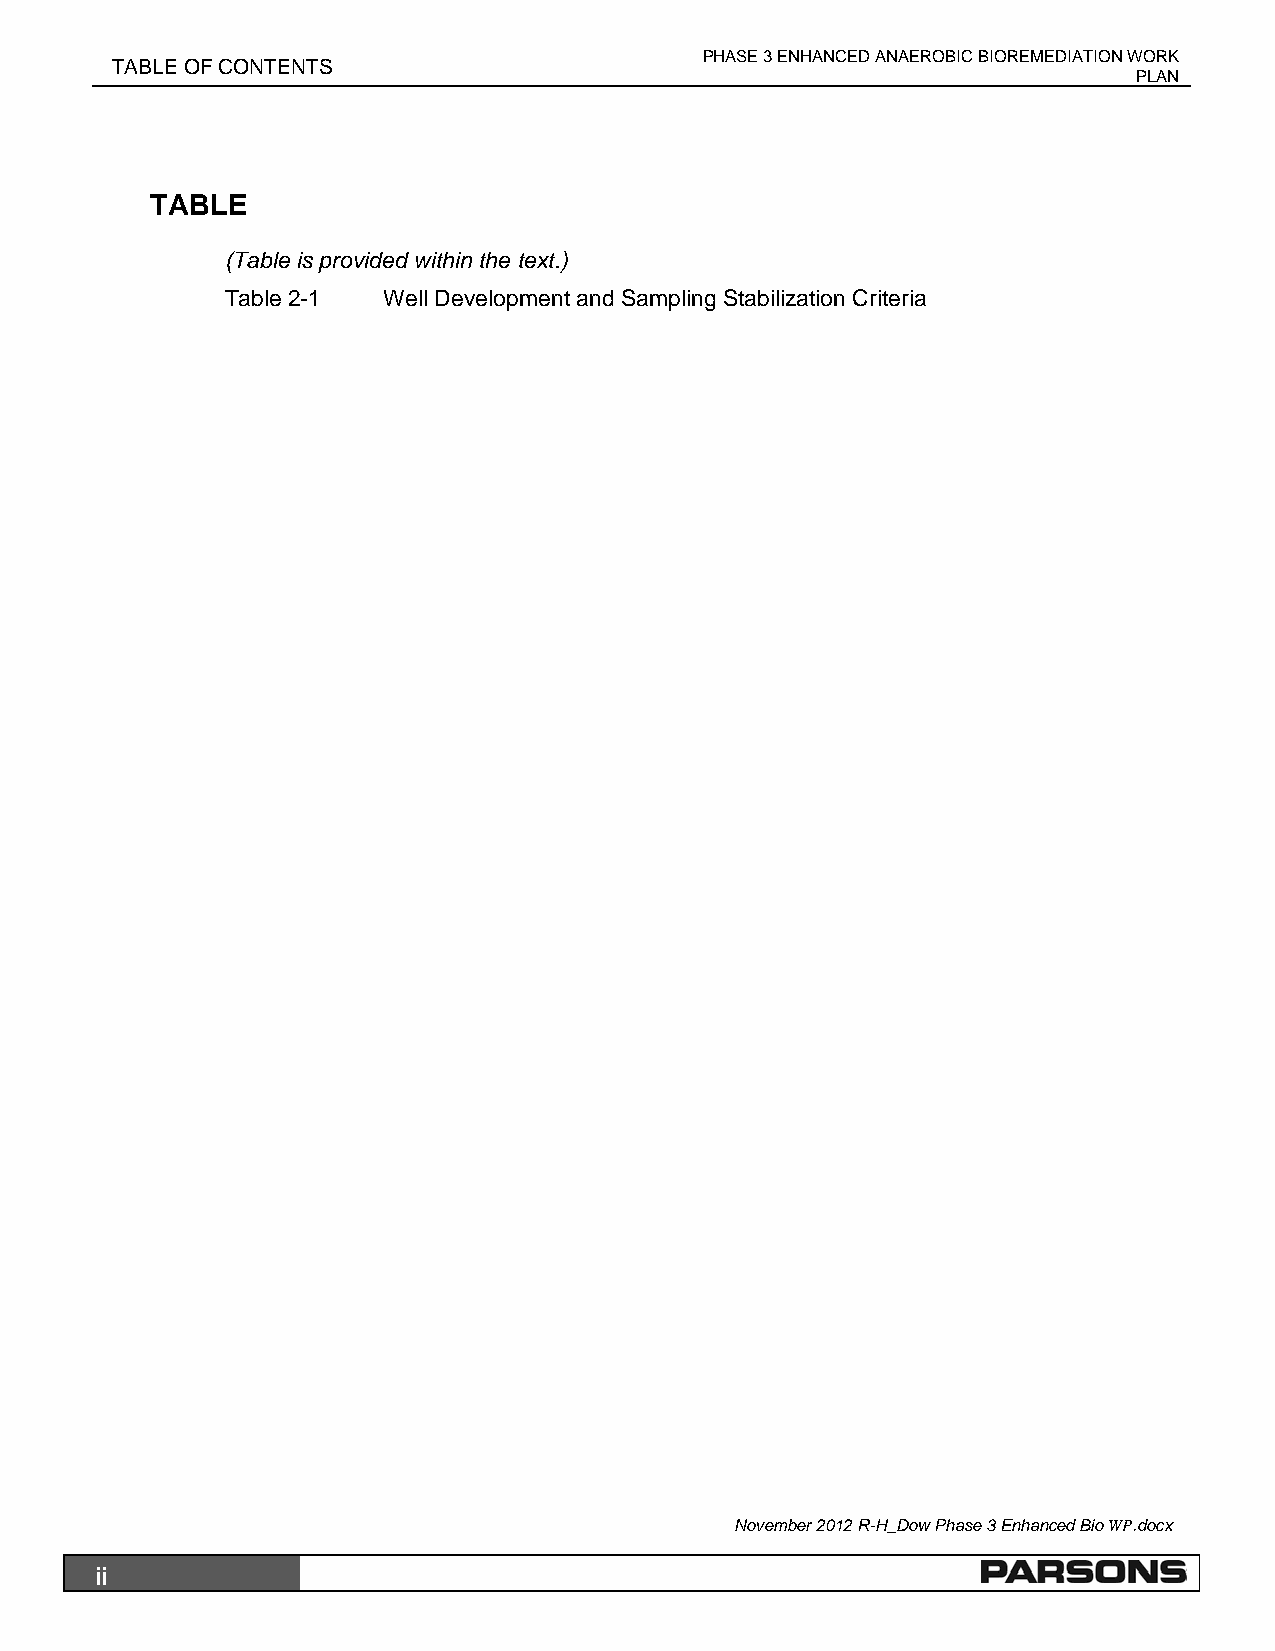
PHASE 3 ENHANCED ANAEROBIC BIOREMEDIATION WORK
 TABLE OF CONTENTS
 PLAN
 TABLE
 (Table is provided within the text.)
 Table 2-1 Well Development and Sampling Stabilization Criteria
 November 2012 R-H_Dow Phase 3 Enhanced Bio WP.docx
 ii